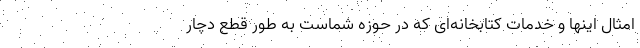
امثال اینها و خدمات کتابخانه‌ای که در حوزه شماست به طور قطع دچار